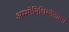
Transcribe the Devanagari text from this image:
अम्भोनिधिरनंतात्मा